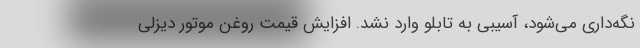
نگه‌داری می‌شود، آسیبی به تابلو وارد نشد. افزایش قیمت روغن موتور دیزلی